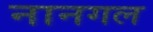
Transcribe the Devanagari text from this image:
नानगल